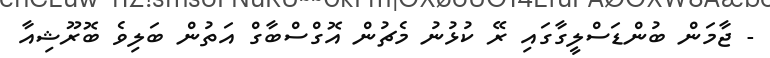
- ޖާމަން ބުންޑަސްލީގާގައި ރޭ ކުޅުނު މެޗުން އޮޮގްސްބާގް އަތުން ބަލިވެ ބޮރޫޝިއާ